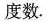
度数。